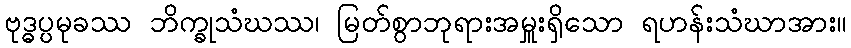
ဗုဒ္ဓပ္ပမုခဿ ဘိက္ခုသံဃဿ၊ မြတ်စွာဘုရားအမှူးရှိသော ရဟန်းသံဃာအား။